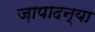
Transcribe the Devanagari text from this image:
ज़ापादन्या